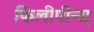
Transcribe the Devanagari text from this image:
फिलीपीन्स्